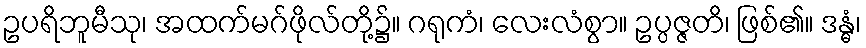
ဥပရိဘူမီသု၊ အထက်မဂ်ဖိုလ်တို့၌။ ဂရုကံ၊ လေးလံစွာ။ ဥပ္ပဇ္ဇတိ၊ ဖြစ်၏။ ဒန္ဓံ၊